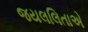
જયલલિતાએ